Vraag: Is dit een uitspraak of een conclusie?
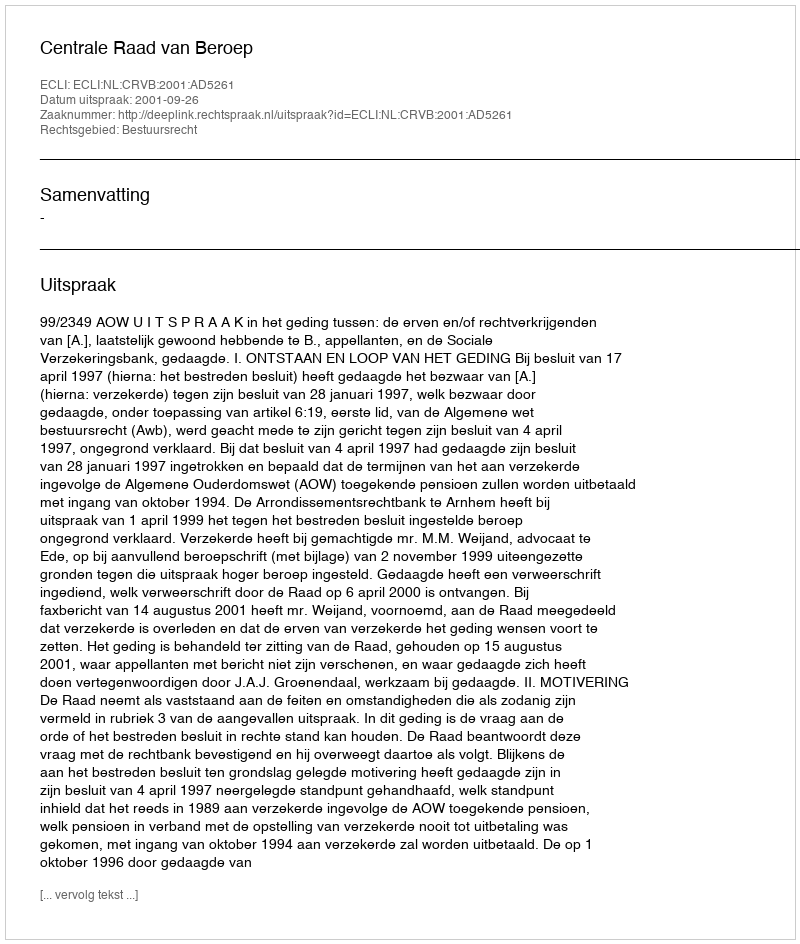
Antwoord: Uitspraak